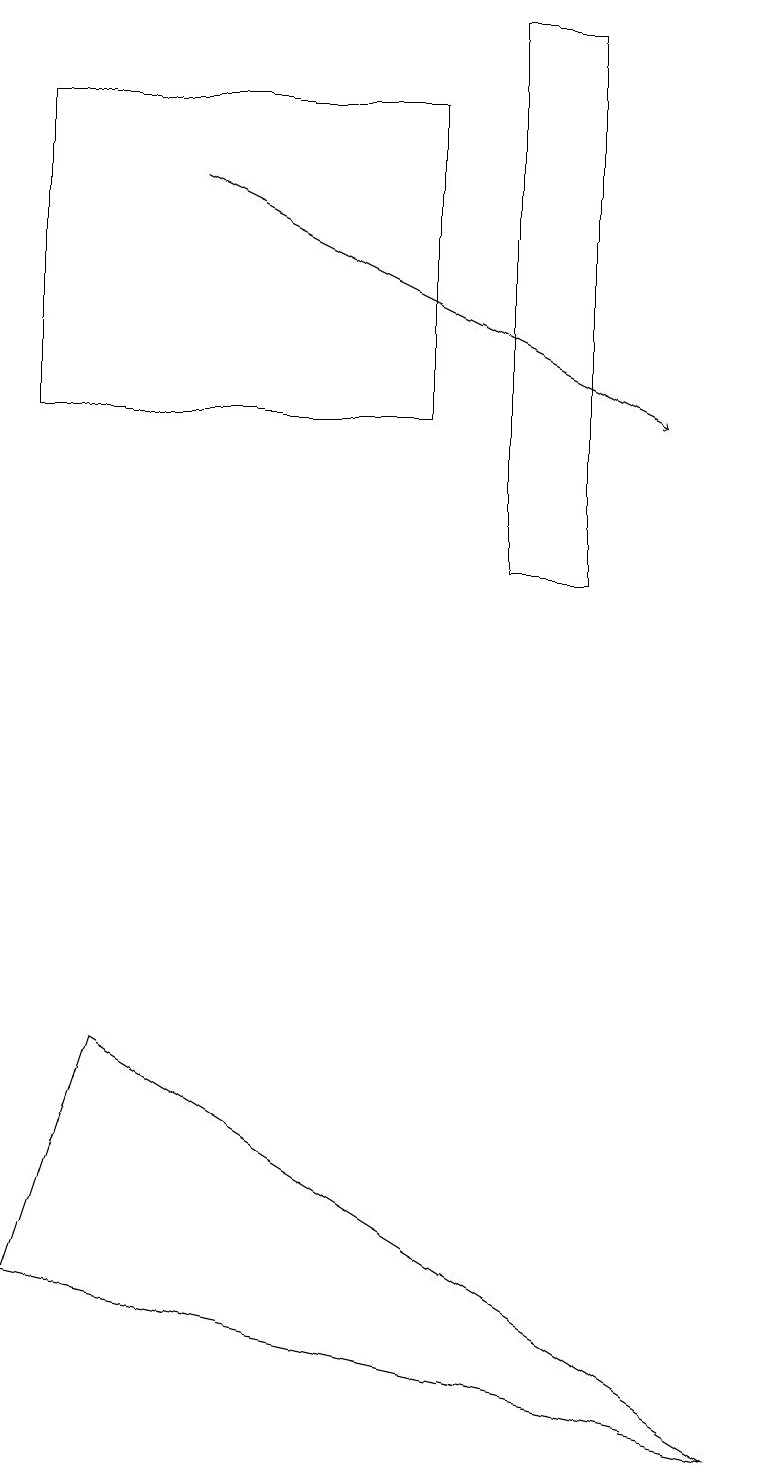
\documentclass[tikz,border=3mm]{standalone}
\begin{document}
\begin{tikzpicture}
\draw (7,11) rectangle (6,18);
\draw[->] (2,16) -- (8,13);
\draw (0,2) -- (1,5) -- (9,0) -- cycle;
\draw (0,13) rectangle (5,17);
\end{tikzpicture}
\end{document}